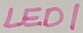
Text: LED1